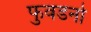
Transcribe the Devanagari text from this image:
फुवडनो